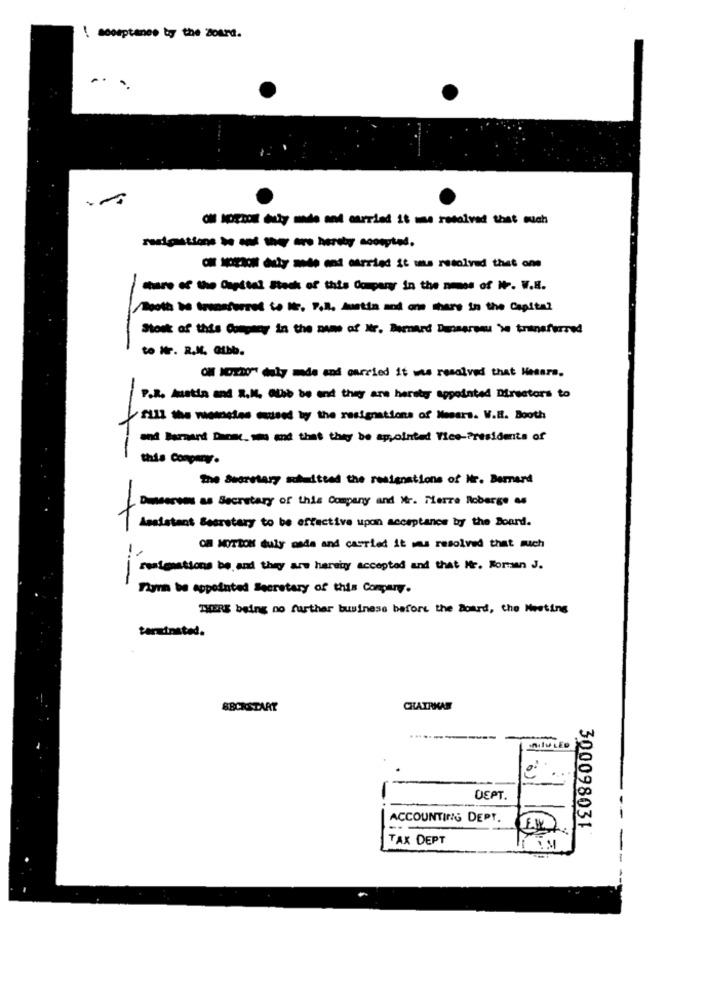
! soosptanee by the Board.
...
---- - yme and carried it une resolved that much
---- tel Steck of this Comparer in the names of Wr. W.H.
Tooth be transferred to le. P.l. Austia and one share in the Capital
Stook of this Company in the name of Ir. Bernard Dansarenu 've transferred
to Wr. R.N. GIbb.
OM NOEDO" duly made and omrried it was resolved that Hesara.
P.R. Austin and R.N. ale be end they are herst appointed Directors to
"f112 the wemoeten mised ly the resignations of Meears. W.H. Booth
and Bernard Dann. mm and that they be appointed Vice-Presidents of
this Company.
The Sworetary soluittad the restenations of Nr. Bernard
Danserees as Secretary of this Company and Mr. Terre Roberge &#
Assistant Secretary to be effective upon acceptance by the Board.
Of MOTION duly made and carried it was resolved that much
resignations be, and they are hereis accepted and that it. Roman J.
--
Firma be appointed Secretary of this Company.
THERE being no further business before the Board, the Meeting
terminated.
BBCKSTART
CHAIRMAN
NIIU LED
DEPT.
ACCOUNTING DEPT.
300098031
TAX DEPT
1 IM